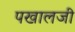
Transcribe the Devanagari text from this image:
पखालजी